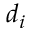
d _ { i }